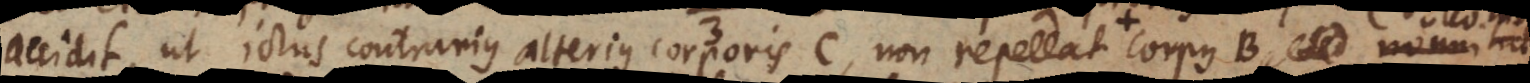
accidit, ut ictus contrarius alterius corporis C, non repellat corpus B nonnihil,